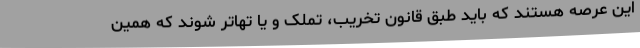
این عرصه هستند که باید طبق قانون تخریب، تملک و یا تهاتر شوند که همین